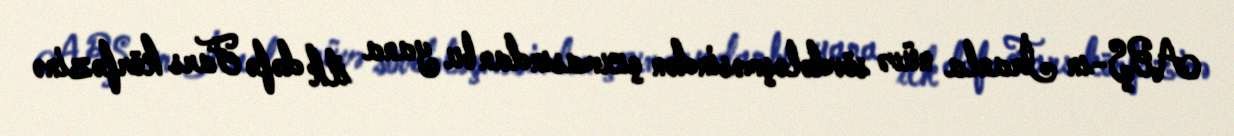
ABŞ-ın İranla nüvə sövdələşməsindən çıxmasından bu yana ilk dəfə Fars körfəzinə